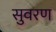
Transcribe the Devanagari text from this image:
सुवरण